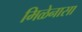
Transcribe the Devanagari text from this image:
मिळेनासा